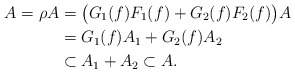
\begin{align*} A = \rho A &= \bigl(G_1(f)F_1(f)+G_2(f)F_2(f)\bigr)A \\* &= G_1(f)A_1 + G_2(f)A_2 \\* &\subset A_1+A_2 \subset A.\end{align*}